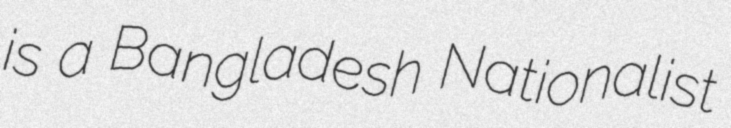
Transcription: is a Bangladesh Nationalist